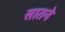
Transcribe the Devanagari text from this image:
सातने